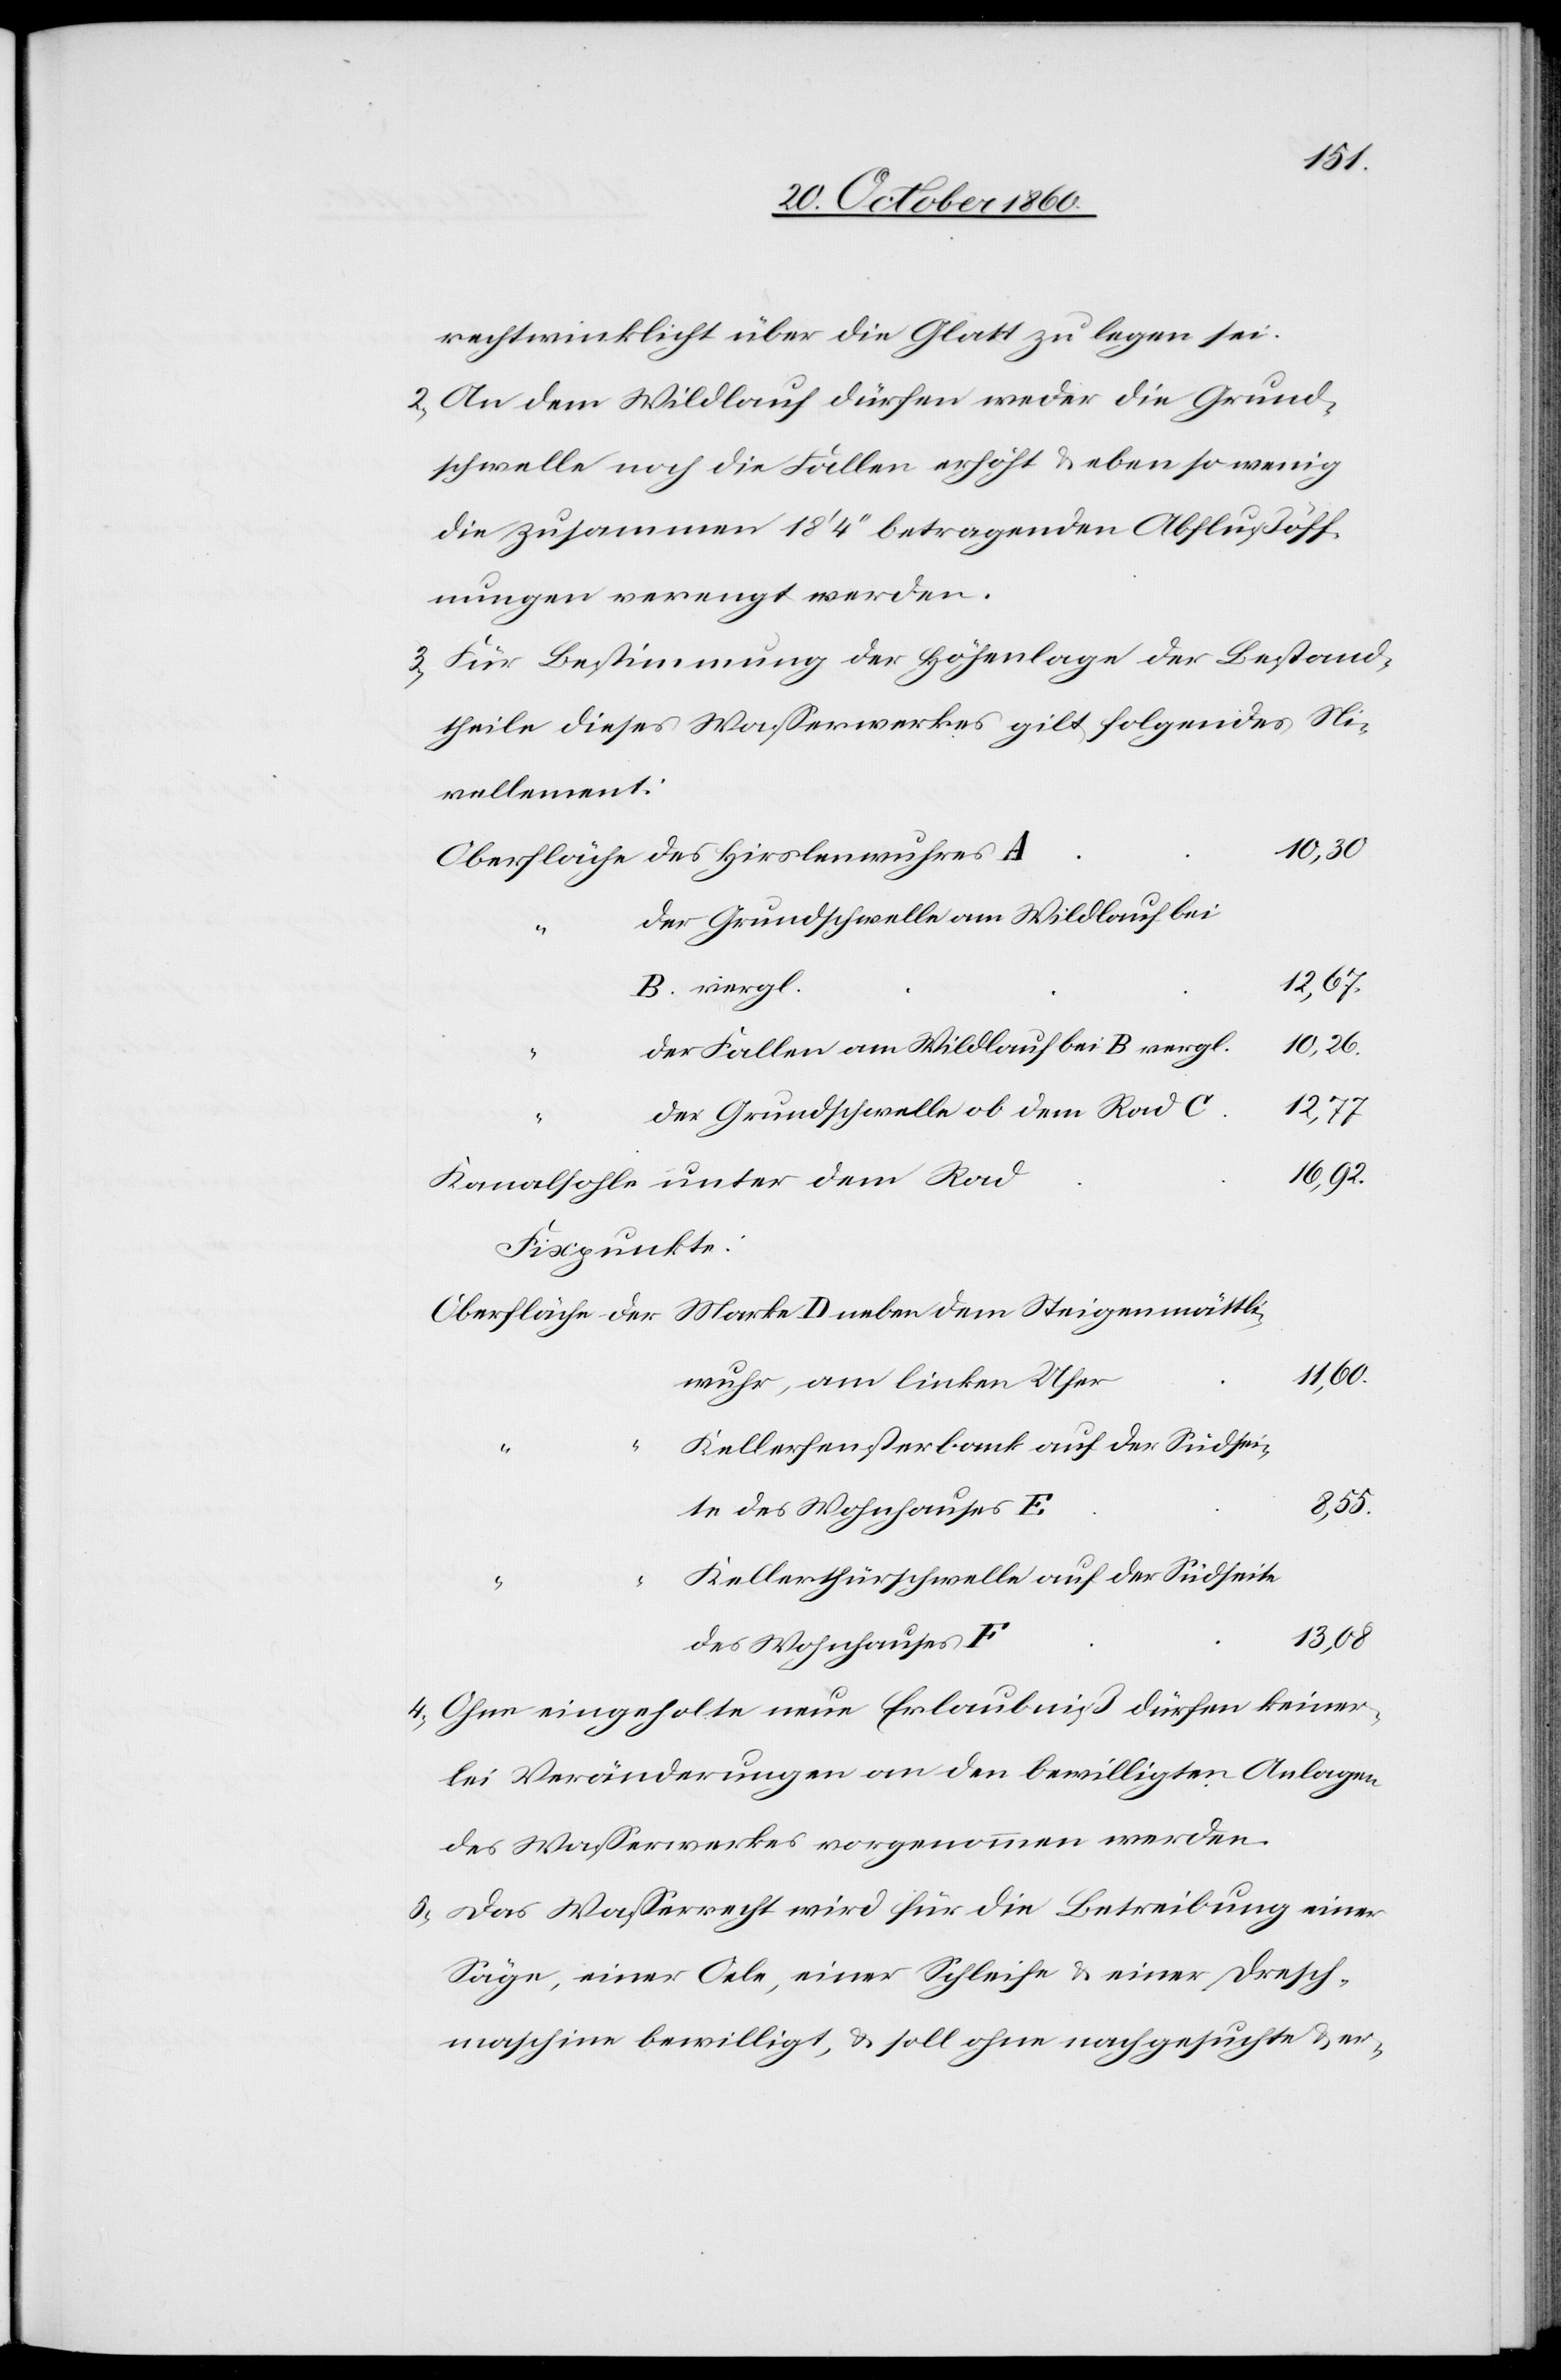
rechtwinklicht über die Glatt zu legen sei.
2) An dem Wildlauf dürfen weder die Grund¬
schwelle noch die Fallen erhöht u. eben so wenig
die zusammen 18’ 4’’ betragenden Abflußöff¬
nungen verengt werden.
3) Für Bestimmung der Höhenlage der Bestand¬
theile dieses Wasserwerkes gilt folgendes Ni¬
vellement:
10,30.
der Grundschwelle am Wildlauf bei
12,67.
B vergl.
der Fallen am Wildlauf bei B vergl.
10,26.
der Grundschwelle ob dem Rad C
12,77.
16,92.
Kanalhöhe unter dem Rad
Fixpunkte:
11,60.
Kellerfensterbank auf der Südseite
8,55.
Kellerthürschwelle auf der Südseite
F
13,08.
4) Ohne eingeholte neue Erlaubniß dürfen keiner¬
lei Veränderungen an den bewilligten Anlagen
des Wasserwerkes vorgenommen werden.
5) Das Wasserrecht wird für die Betreibung einer
Säge, einer Oele, einer Schleife u. einer Dresch¬
maschine bewilligt, u. soll ohne nachgesuchte u. er-